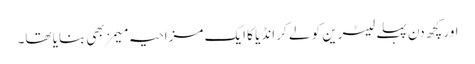
اور کچھ دن پہلے لیٹرین کو لے کر انڈیا کا ایک مزاحیہ میمز بھی بنایا تھا۔